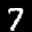
Label: 7